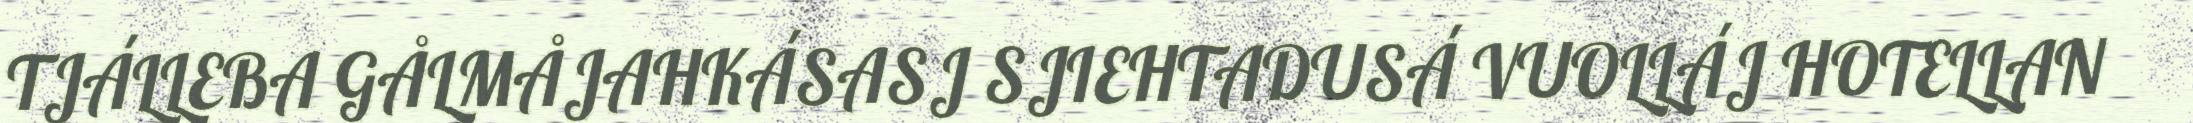
TJÁLLEBA GÅLMÅJAHKÁSASJ SJIEHTADUSÁ VUOLLÁJ HOTELLAN